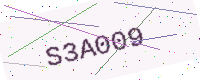
Text: S3A009